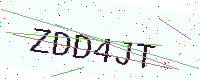
Text: ZDD4JT